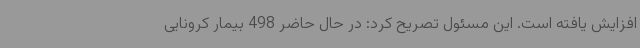
افزایش یافته است. این مسئول تصریح کرد: در حال حاضر 498 بیمار کرونایی